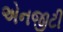
એનજીટી